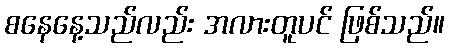
စနေနေ့သည်လည်း အလားတူပင် ဖြစ်သည်။